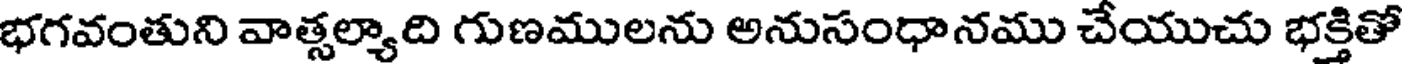
భగవంతుని వాత్సల్యాది గుణములను అనుసంధానము చేయుచు భక్తితో